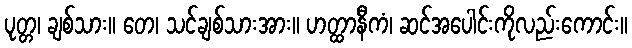
ပုတ္တ၊ ချစ်သား။ တေ၊ သင်ချစ်သားအား။ ဟတ္ထာနီကံ၊ ဆင်အပေါင်းကိုလည်းကောင်း။